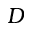
D